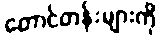
တောင်တန်းများကို